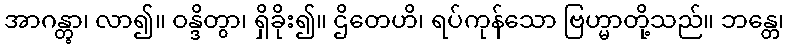
အာဂန္တွာ၊ လာ၍။ ဝန္ဒိတွာ၊ ရှိခိုး၍။ ဌိတေဟိ၊ ရပ်ကုန်သော ဗြဟ္မာတို့သည်။ ဘန္တေ၊